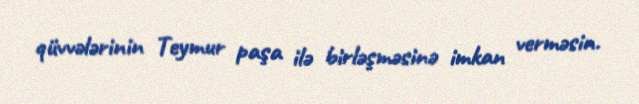
qüvvələrinin Teymur paşa ilə birləşməsinə imkan verməsin.